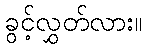
ခွင့်လွှတ်လား။